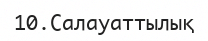
10.Салауаттылық